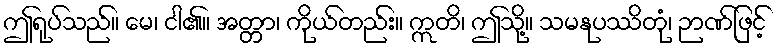
ဤရုပ်သည်။ မေ၊ ငါ၏။ အတ္တာ၊ ကိုယ်တည်း။ ဣတိ၊ ဤသို့။ သမနုပဿိတုံ၊ ဉာဏ်ဖြင့်